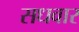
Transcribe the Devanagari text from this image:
सधवार